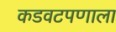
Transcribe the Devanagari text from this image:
कडवटपणाला